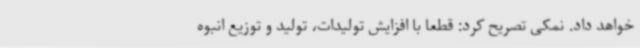
خواهد داد. نمکی تصریح کرد: قطعا با افزایش تولیدات، تولید و توزیع انبوه